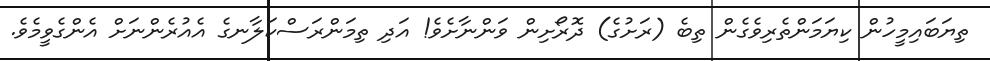
ތިޔަބައިމީހުން ކިޔަމަންތެރިވެގެން ތިބެ (ރަށުގެ) ދޮރޯށިން ވަންނާށެވެ! އަދި ތިމަންރަސްކަލާނގެ އެއުރެންނަށް އެންގެވީމެވެ.